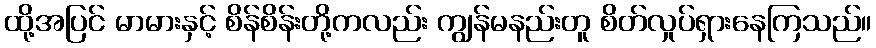
ထို့အပြင် မာမားနှင့် စိန်စိန်းတို့ကလည်း ကျွန်မနည်းတူ စိတ်လှုပ်ရှားနေကြသည်။